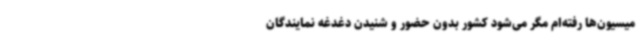
میسیون‌ها رفته‌ام مگر می‌شود کشور بدون حضور و شنیدن دغدغه نمایندگان